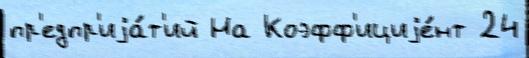
пр'едпр'иjа́т'ий На Коэфф'ициjе́нт 24